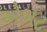
એબટ